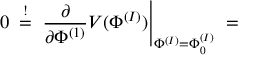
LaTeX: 0 \; \stackrel { ! } { = } \; \frac { \partial } { \partial \Phi ^ { ( 1 ) } } V ( \Phi ^ { ( I ) } ) \Bigg | _ { \Phi ^ { ( I ) } = \Phi _ { 0 } ^ { ( I ) } } \; =